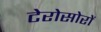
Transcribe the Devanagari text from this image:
टेरोसोरों